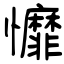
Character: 戂